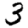
Digit: 3